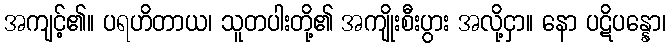
အကျင့်၏။ ပရဟိတာယ၊ သူတပါးတို့၏ အကျိုးစီးပွား အလို့ငှာ။ နော ပဋိပန္နော၊